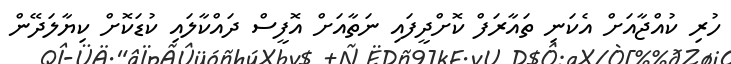
ހުރި ކުއްޖާއަށް އެކަނި ތައާރަފް ކޮށްދީފައި ނަތާއަށް އޮފީސް ދައްކާލައި ކުޑަކޮށް ކިޔާލަދޭން